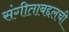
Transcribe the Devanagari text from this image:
संगीताबद्दलची